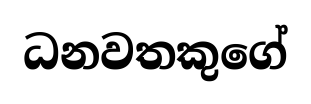
ධනවතකුගේ